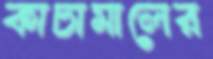
কাচামালের